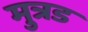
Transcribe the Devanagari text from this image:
मुत्रड